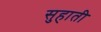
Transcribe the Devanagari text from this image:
सुहाती